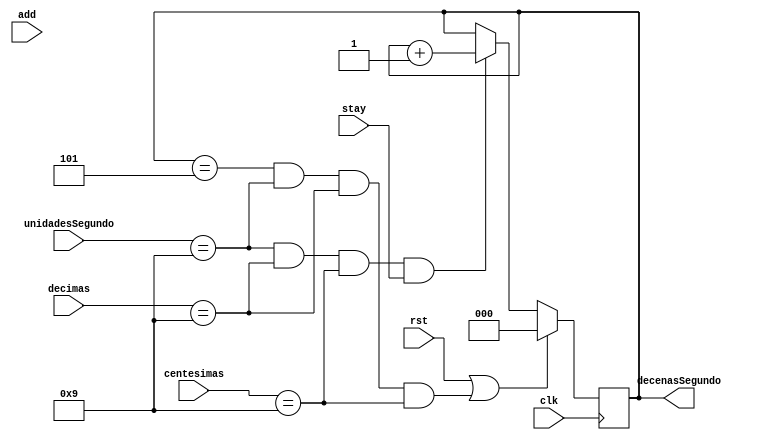
`timescale 1ns / 1ps
//////////////////////////////////////////////////////////////////////////////////
// Company: 
// Engineer: 
// 
// Design Name: 
// Module Name:    DecenasSegundo 
// Project Name: 
// Target Devices: 
// Tool versions: 
// Description: 
//
// Dependencies: 
//
// Revision: 
// Revision 0.01 - File Created
// Additional Comments: 
//
//////////////////////////////////////////////////////////////////////////////////
module DecenasSegundo(
	input clk,
	input stay,
	input add,
	input rst,
	input [3:0] decimas,
	input [3:0] centesimas,
	input [3:0] unidadesSegundo,
	output reg[2:0] decenasSegundo
    );
	 		
		always @ (posedge clk)
		begin
			if (rst == 1 || decenasSegundo == 5 && unidadesSegundo == 9 && decimas == 9 && centesimas == 9)
				begin 
					decenasSegundo <=0;
				end
			else if (unidadesSegundo == 9 && decimas == 9 && centesimas == 9 && stay == 1)
				begin
					decenasSegundo <= decenasSegundo + 1;
				end
		end
		
		


endmodule